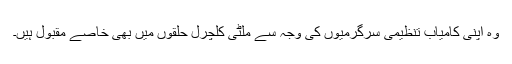
وہ اپنی کامیاب تنظیمی سرگرمیوں کی وجہ سے ملٹی کلچرل حلقوں میں بھی خاصے مقبول ہیں۔